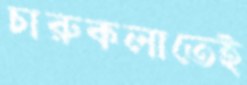
চারুকলাতেই